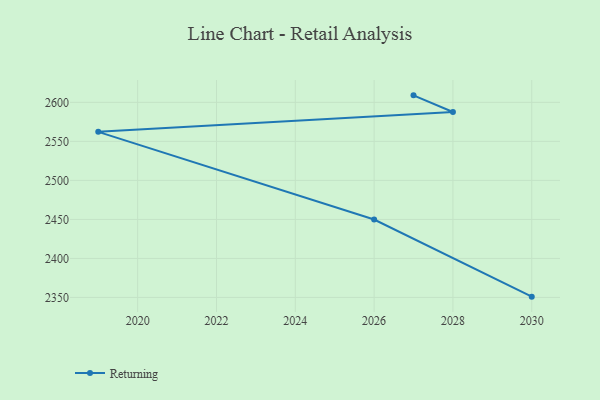
{"axis": {"x": "Year", "y": "Waste Production (Tons)"}, "legend": ["Returning"], "data": [{"x": "2027", "y": 2609.0, "type": "Returning"}, {"x": "2028", "y": 2587.7, "type": "Returning"}, {"x": "2019", "y": 2562.2, "type": "Returning"}, {"x": "2026", "y": 2449.9, "type": "Returning"}, {"x": "2030", "y": 2351.0, "type": "Returning"}]}